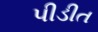
પીડીત